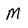
Character: M